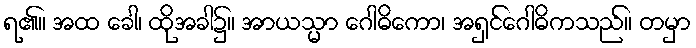
ရ၏။ အထ ခေါ၊ ထိုအခါ၌။ အာယသ္မာ ဂေါဓိကော၊ အရှင်ဂေါဓိကသည်။ တမှာ